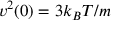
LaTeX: v ^ { 2 } ( 0 ) = 3 k _ { B } T / m